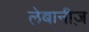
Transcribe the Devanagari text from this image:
लेबानीज़